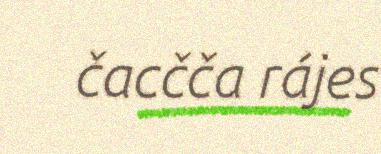
čacčča rájes